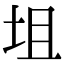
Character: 坥